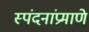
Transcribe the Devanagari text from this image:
स्पंदनांप्रमाणे